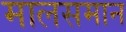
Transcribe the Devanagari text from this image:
मालसमान